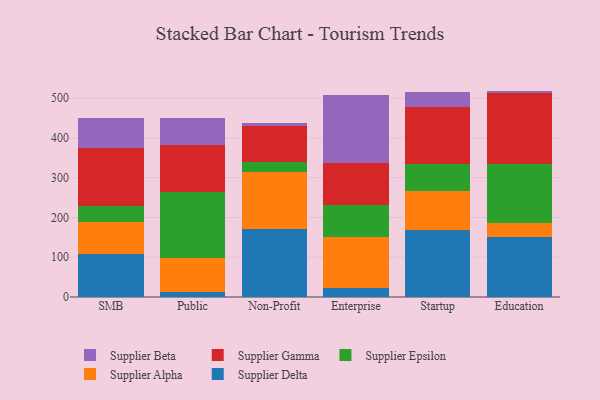
{"axis": {"x": "Segment", "y": "Population (Million)"}, "legend": ["Supplier Alpha", "Supplier Beta", "Supplier Delta", "Supplier Epsilon", "Supplier Gamma"], "data": [{"x": "SMB", "y": 108.8, "type": "Supplier Delta"}, {"x": "SMB", "y": 78.6, "type": "Supplier Alpha"}, {"x": "SMB", "y": 40.7, "type": "Supplier Epsilon"}, {"x": "SMB", "y": 146.3, "type": "Supplier Gamma"}, {"x": "SMB", "y": 74.5, "type": "Supplier Beta"}, {"x": "Public", "y": 13.2, "type": "Supplier Delta"}, {"x": "Public", "y": 83.8, "type": "Supplier Alpha"}, {"x": "Public", "y": 168.0, "type": "Supplier Epsilon"}, {"x": "Public", "y": 117.9, "type": "Supplier Gamma"}, {"x": "Public", "y": 66.6, "type": "Supplier Beta"}, {"x": "Non-Profit", "y": 171.5, "type": "Supplier Delta"}, {"x": "Non-Profit", "y": 142.2, "type": "Supplier Alpha"}, {"x": "Non-Profit", "y": 25.3, "type": "Supplier Epsilon"}, {"x": "Non-Profit", "y": 91.8, "type": "Supplier Gamma"}, {"x": "Non-Profit", "y": 7.6, "type": "Supplier Beta"}, {"x": "Enterprise", "y": 23.0, "type": "Supplier Delta"}, {"x": "Enterprise", "y": 128.8, "type": "Supplier Alpha"}, {"x": "Enterprise", "y": 80.3, "type": "Supplier Epsilon"}, {"x": "Enterprise", "y": 105.2, "type": "Supplier Gamma"}, {"x": "Enterprise", "y": 171.9, "type": "Supplier Beta"}, {"x": "Startup", "y": 169.6, "type": "Supplier Delta"}, {"x": "Startup", "y": 98.0, "type": "Supplier Alpha"}, {"x": "Startup", "y": 68.1, "type": "Supplier Epsilon"}, {"x": "Startup", "y": 141.7, "type": "Supplier Gamma"}, {"x": "Startup", "y": 37.4, "type": "Supplier Beta"}, {"x": "Education", "y": 151.0, "type": "Supplier Delta"}, {"x": "Education", "y": 34.5, "type": "Supplier Alpha"}, {"x": "Education", "y": 149.3, "type": "Supplier Epsilon"}, {"x": "Education", "y": 177.8, "type": "Supplier Gamma"}, {"x": "Education", "y": 5.8, "type": "Supplier Beta"}]}